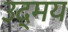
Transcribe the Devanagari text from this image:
उद्मय